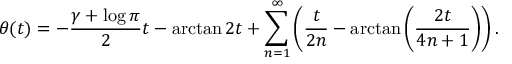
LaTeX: \theta ( t ) = - { \frac { \gamma + \log \pi } { 2 } } t - \arctan 2 t + \sum _ { n = 1 } ^ { \infty } \left( { \frac { t } { 2 n } } - \arctan \left( { \frac { 2 t } { 4 n + 1 } } \right) \right) .